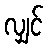
လျှင်